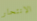
الانتحار